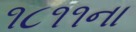
૧૮૧૧ના